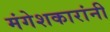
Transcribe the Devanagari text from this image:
मंगेशकारांनी